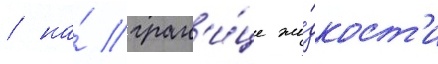
/ на́ гран'и́це жи́дкост'и